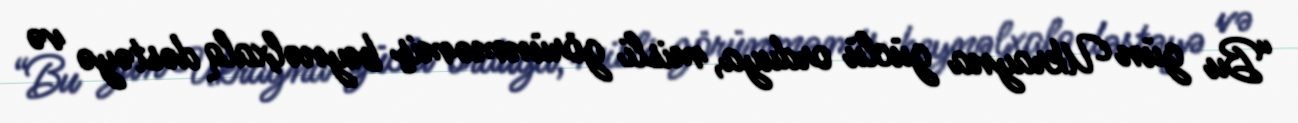
“Bu gün Ukrayna güclü orduya, misli görünməmiş beynəlxalq dəstəyə və